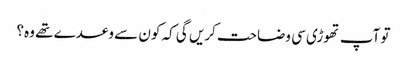
تو آپ تھوڑی سی وضاحت کریں گی کہ کون سے وعدے تھے وہ؟